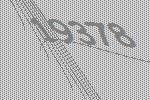
19378